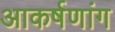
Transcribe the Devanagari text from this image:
आकर्षणांग